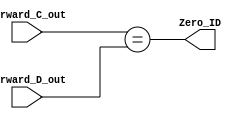
//ID_Comparator is used to replace the function calculated by ALU before ID branch forwarding

module ID_Comparator(
				input [31:0] 	Forward_C_out,
				input [31:0]	Forward_D_out,
				output			Zero_ID

);

assign Zero_ID = (Forward_C_out == Forward_D_out);

endmodule